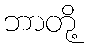
ဘာတို့